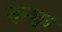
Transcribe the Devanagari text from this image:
नन्फ़